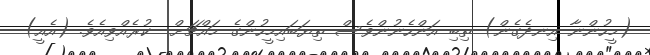
(މީހުންނާ އިނދެގެން) ތިބި އަންހެނުންވެސް ތިޔަބައިމީހުންގެ މައްޗަށް  ކުރެއްވިއެވެ. (އެއީ)